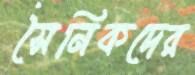
সৈনিকদের